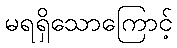
မရရှိသောကြောင့်